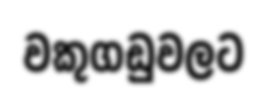
වකුගඩුවලට